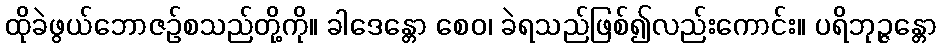
ထိုခဲဖွယ်ဘောဇဉ်စသည်တို့ကို။ ခါဒေန္တော စေဝ၊ ခဲရသည်ဖြစ်၍လည်းကောင်း။ ပရိဘုဉ္ဇန္တော